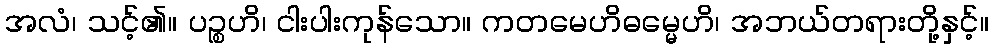
အလံ၊ သင့်၏။ ပဉ္စဟိ၊ ငါးပါးကုန်သော။ ကတမေဟိဓမ္မေဟိ၊ အဘယ်တရားတို့နှင့်။